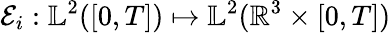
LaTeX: \mathcal{E}_{i}:\mathbb{L}^{2}([0,T])\mapsto\mathbb{L}^{2}(\mathbb{R}^{3}\times[0,T])